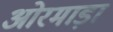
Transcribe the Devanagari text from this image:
ओरमाड़ा